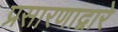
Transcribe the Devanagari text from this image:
प्रसारणाद्वारे